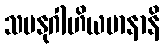
သမနုဂါဟိယမာနာနိ